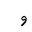
Letter: _waw